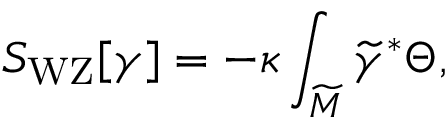
S _ { \mathrm { W Z } } [ \gamma ] = - \kappa \int _ { \widetilde M } \widetilde \gamma ^ { * } \Theta ,